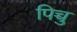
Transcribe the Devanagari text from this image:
पिच्चु